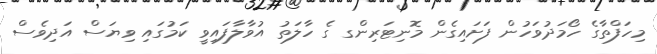
މިހަފްތާގެ ހޯމަދުވަހުން ފަށައިގެން މޮނިޓަރިންގ ގެ ހާލަތު އުވާލާފައިވީ ކަމުގައި ވިޔަސް އަދިވެސް